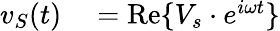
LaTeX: \begin{array}{rl}{v_{S}(t)}&{{}=\operatorname{Re}\{ V_{s}\cdot e^{i\omega t}\} }\end{array}